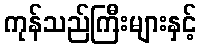
ကုန်သည်ကြီးများနှင့်